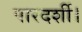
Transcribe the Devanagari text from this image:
पारदर्शी।